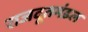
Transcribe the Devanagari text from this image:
राजदूतमंडल